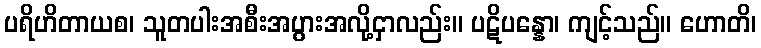
ပရိဟိတာယစ၊ သူတပါးအစီးအပွားအလို့ငှာလည်း။ ပဋိပန္နော၊ ကျင့်သည်။ ဟောတိ၊